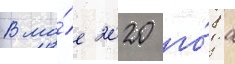
В ма́е 2020 го́да